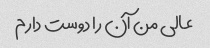
عالی من آن را دوست دارم